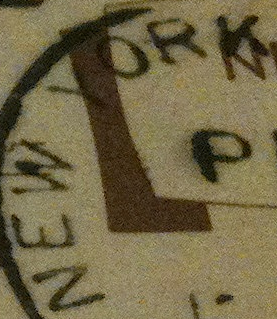
NEW YORK